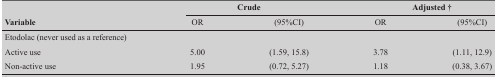
<table><thead><tr><td></td><td colspan="2"><b>Crude</b></td><td colspan="2"><b>Adjusted†</b></td></tr><tr><td><b>Variable</b></td><td><b>OR</b></td><td><b>(95%CI)</b></td><td><b>OR</b></td><td><b>(95%CI)</b></td></tr></thead><tbody><tr><td>Etodolac (never used as a reference)</td><td></td><td></td><td></td><td></td></tr><tr><td>Active use</td><td>5.00</td><td>(1.59, 15.8)</td><td>3.78</td><td>(1.11, 12.9)</td></tr><tr><td>Non-active use</td><td>1.95</td><td>(0.72, 5.27)</td><td>1.18</td><td>(0.38, 3.67)</td></tr></tbody></table>